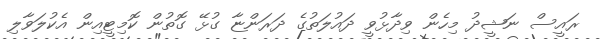
ރައީސް ނަޝީދު މިހެން ވިދާޅުވީ ދައުލަތުގެ ދަރަންޏާ ގުޅޭ ގޮތުން ކޮމިޓީއިން އެކުލަވާލި